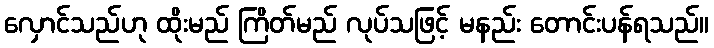
လှောင်သည်ဟု ထိုးမည် ကြိတ်မည် လုပ်သဖြင့် မနည်း တောင်းပန်ရသည်။